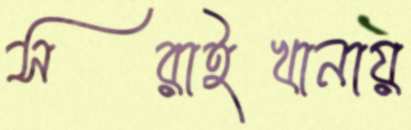
সরাইখানায়